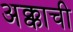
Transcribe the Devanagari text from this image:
अक्काची